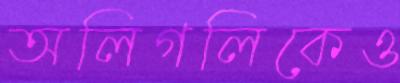
অলিগলিকেও